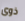
ذوى